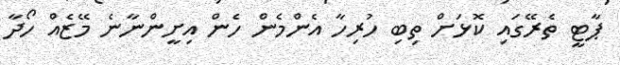
ޕާޓީ ތެރޭގައި ކޮޅަށް ތިބި ހުރިހާ އެންމެން ހެން އިށީންނާނެ މޭޒެއް ހޯދާ